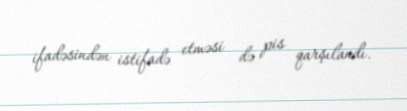
ifadəsindən istifadə etməsi də pis qarşılandı.